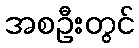
အစဦးတွင်